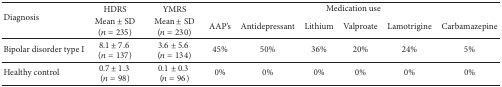
<table><thead><tr><td rowspan="2"><b>Diagnosis</b></td><td><b>HDRS</b></td><td><b>YMRS</b></td><td colspan="6"><b>Medication use</b></td></tr><tr><td><b>Mean ± SD(<i>n</i> = 235)</b></td><td><b>Mean ± SD(<i>n</i> = 230)</b></td><td><b>AAP&#x27;s</b></td><td><b>Antidepressant</b></td><td><b>Lithium</b></td><td><b>Valproate</b></td><td><b>Lamotrigine</b></td><td><b>Carbamazepine</b></td></tr></thead><tbody><tr><td>Bipolar disorder type I</td><td>8.1 ± 7.6 (<i>n</i> = 137)</td><td>3.6 ± 5.6 (<i>n</i> = 134)</td><td>45%</td><td>50%</td><td>36%</td><td>20%</td><td>24%</td><td>5%</td></tr><tr><td>Healthy control</td><td>0.7 ± 1.3 (<i>n</i> = 98)</td><td>0.1 ± 0.3 (<i>n</i> = 96)</td><td>0%</td><td>0%</td><td>0%</td><td>0%</td><td>0%</td><td>0%</td></tr></tbody></table>